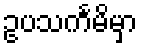
ဥပသင်္ကမိမှာ